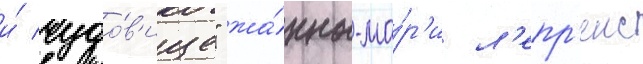
и́ чудо́в'ище" жа́нны-ма́р'и л'епр'енс